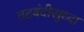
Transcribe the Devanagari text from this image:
तटबंदीसुध्दा